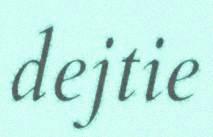
dejtie